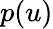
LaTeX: p(u)